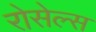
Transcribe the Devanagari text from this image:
रोसेल्स